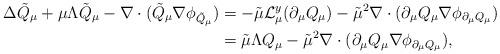
LaTeX: \begin{align*}\Delta\tilde{Q}_\mu+\mu\Lambda\tilde{Q}_\mu-\nabla\cdot(\tilde{Q}_\mu\nabla\phi_{\tilde{Q}_\mu})&=-\tilde{\mu}{\mathcal{L}_\mu^y}(\partial_\mu Q_\mu)-\tilde{\mu}^2\nabla\cdot(\partial_\mu Q_\mu\nabla\phi_{\partial_\mu Q_\mu})\\&=\tilde{\mu}\Lambda Q_\mu -\tilde{\mu}^2\nabla\cdot(\partial_\mu Q_\mu\nabla\phi_{\partial_\mu Q_\mu}),\end{align*}